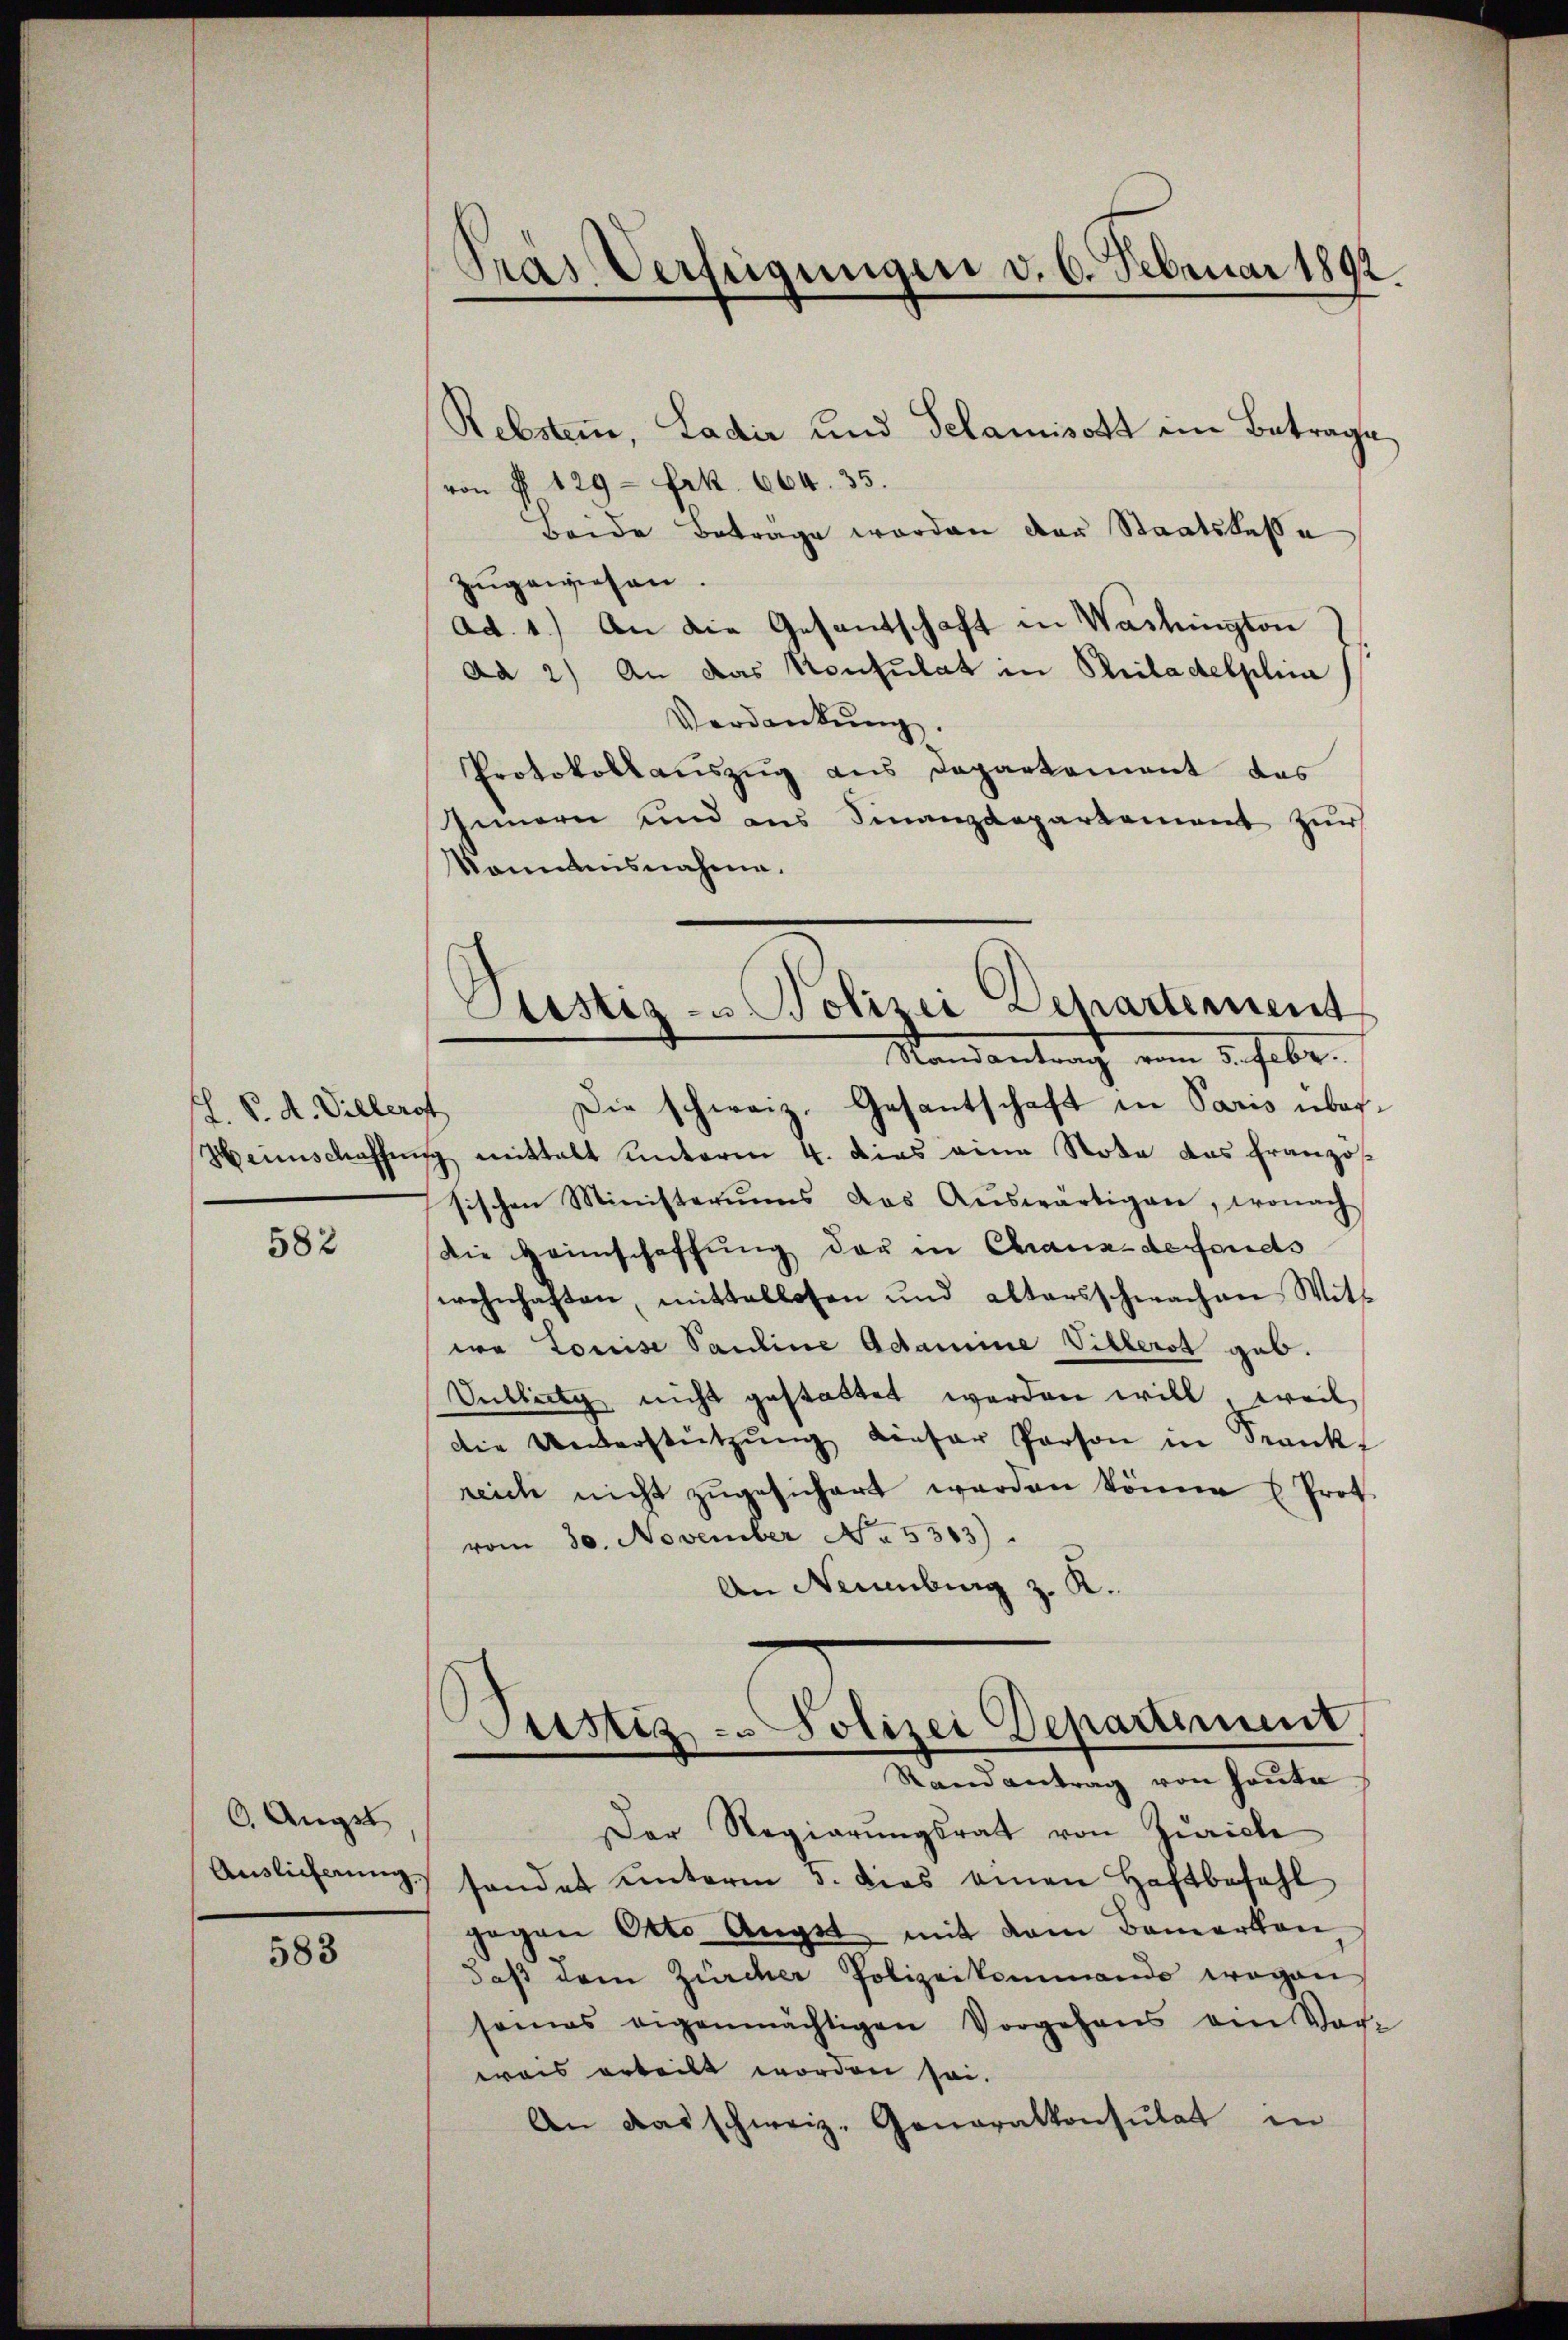
J. P. A. Villerst

582

6. Augst
Auslicherung.

583

Tras Verfügungen v. 6. Februar 1892.

.

Rebstem, Ladić und Selamisott im Betrage
von P. 129 = Frk. 664. 35.
Beide Beträge worden der Staatskasse
zugewiesen.
ad. 1.) An die Gesantschaft in Washington
da 2) An das Konsulat in Priladelplina
Verdankung.
Protokollauszug aus Departement das
Iinnern und aus Finanzdepartament zur
kommnisnahme.
Die schweiz. Gesantschaft in Paris über¬
Heimschaffung mittalt unterm 4. dies eine Nota das Französ
sischen Ministeriums das Aŭswärtigen, wonach
die Heimschaffung der in Chaux-defonds
wohnhaften, mittellosen und altersschwachen Witt
wa Louise Pauline Adamine Villerst geb.
Sublicky nicht gestattet werden will, weil
die Unterstützŭng dieser Person in Sankt
reich nicht zŭgesichert werden könne u Prot
vom 30. November No. 5363).
An Neuenburg z. K.
Justiz - Polizei Departiment
Randantrag von Heute
Der Regierŭngsrat von Zürich
sonder unterm 5. dies einen Haftbefehl
gegen Otto Angst mit dem Bemerken
daß dem Zürcher Polizeikommende wegen
seines eigenmächtigen Vorgehens am Woche
wais orteilt worden sei.
An das schweiz. Generalkonsulat in

Justiz- Polizei Departement
Mandantrach vom 5. Febr.